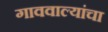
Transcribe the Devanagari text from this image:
गाववाल्यांचा